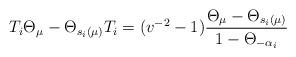
LaTeX: \begin{align*} T_i \Theta_\mu - \Theta_{s_i(\mu)}T_i = (v^{-2} - 1) \frac{\Theta_{\mu} -\Theta_{s_i(\mu)}}{1 - \Theta_{-\alpha_i}} \end{align*}